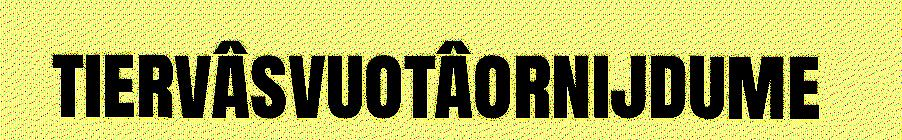
tiervâsvuotâornijdume